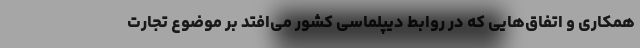
همکاری و اتفاق‌هایی که در روابط دیپلماسی کشور می‌افتد بر موضوع تجارت